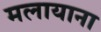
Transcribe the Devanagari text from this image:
मलायाना